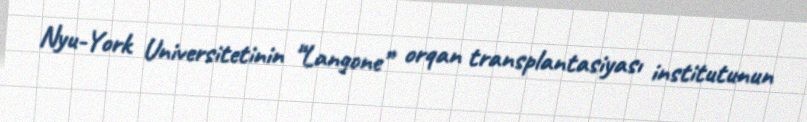
Nyu-York Universitetinin “Langone” orqan transplantasiyası institutunun